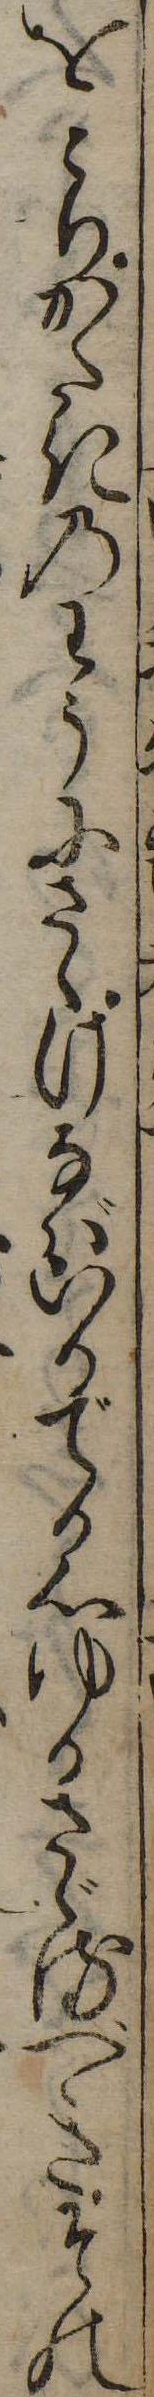
をとりかたきのわうにさゝげなばいかでか心ゆるさゞるべきその